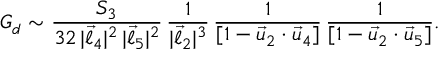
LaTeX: { \cal G } _ { d } \sim { \frac { { \cal S } _ { 3 } } { 3 2 \, | \vec { \ell } _ { 4 } | ^ { 2 } \, | \vec { \ell } _ { 5 } | ^ { 2 } } } \, { \frac { 1 } { | \vec { \ell } _ { 2 } | ^ { 3 } } } \, { \frac { 1 } { [ 1 - \vec { u } _ { 2 } \cdot \vec { u } _ { 4 } ] } } \, { \frac { 1 } { [ 1 - \vec { u } _ { 2 } \cdot \vec { u } _ { 5 } ] } } .